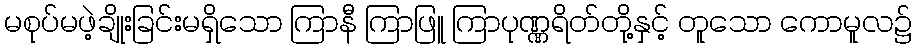
မစုပ်မဖဲ့ချိုးခြင်းမရှိသော ကြာနီ ကြာဖြူ ကြာပုဏ္ဏရိတ်တို့နှင့် တူသော ကောမူလ၌